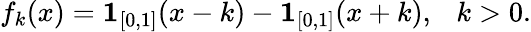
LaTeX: f_{k}(x)=\mathbf{1}_{[0,1]}(x-k)-\mathbf{1}_{[0,1]}(x+k),\ \ \ k>0.